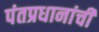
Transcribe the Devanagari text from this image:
पंतप्रधानांची